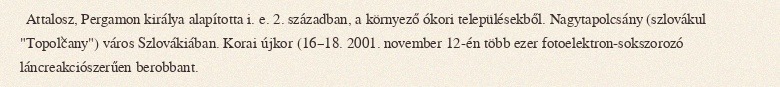
Attalosz, Pergamon királya alapította i. e. 2. században, a környező ókori településekből. Nagytapolcsány (szlovákul "Topoľčany") város Szlovákiában. Korai újkor (16–18. 2001. november 12-én több ezer fotoelektron-sokszorozó láncreakciószerűen berobbant.